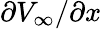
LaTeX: \partial V_{\infty}/\partial x